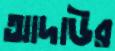
আদাউর